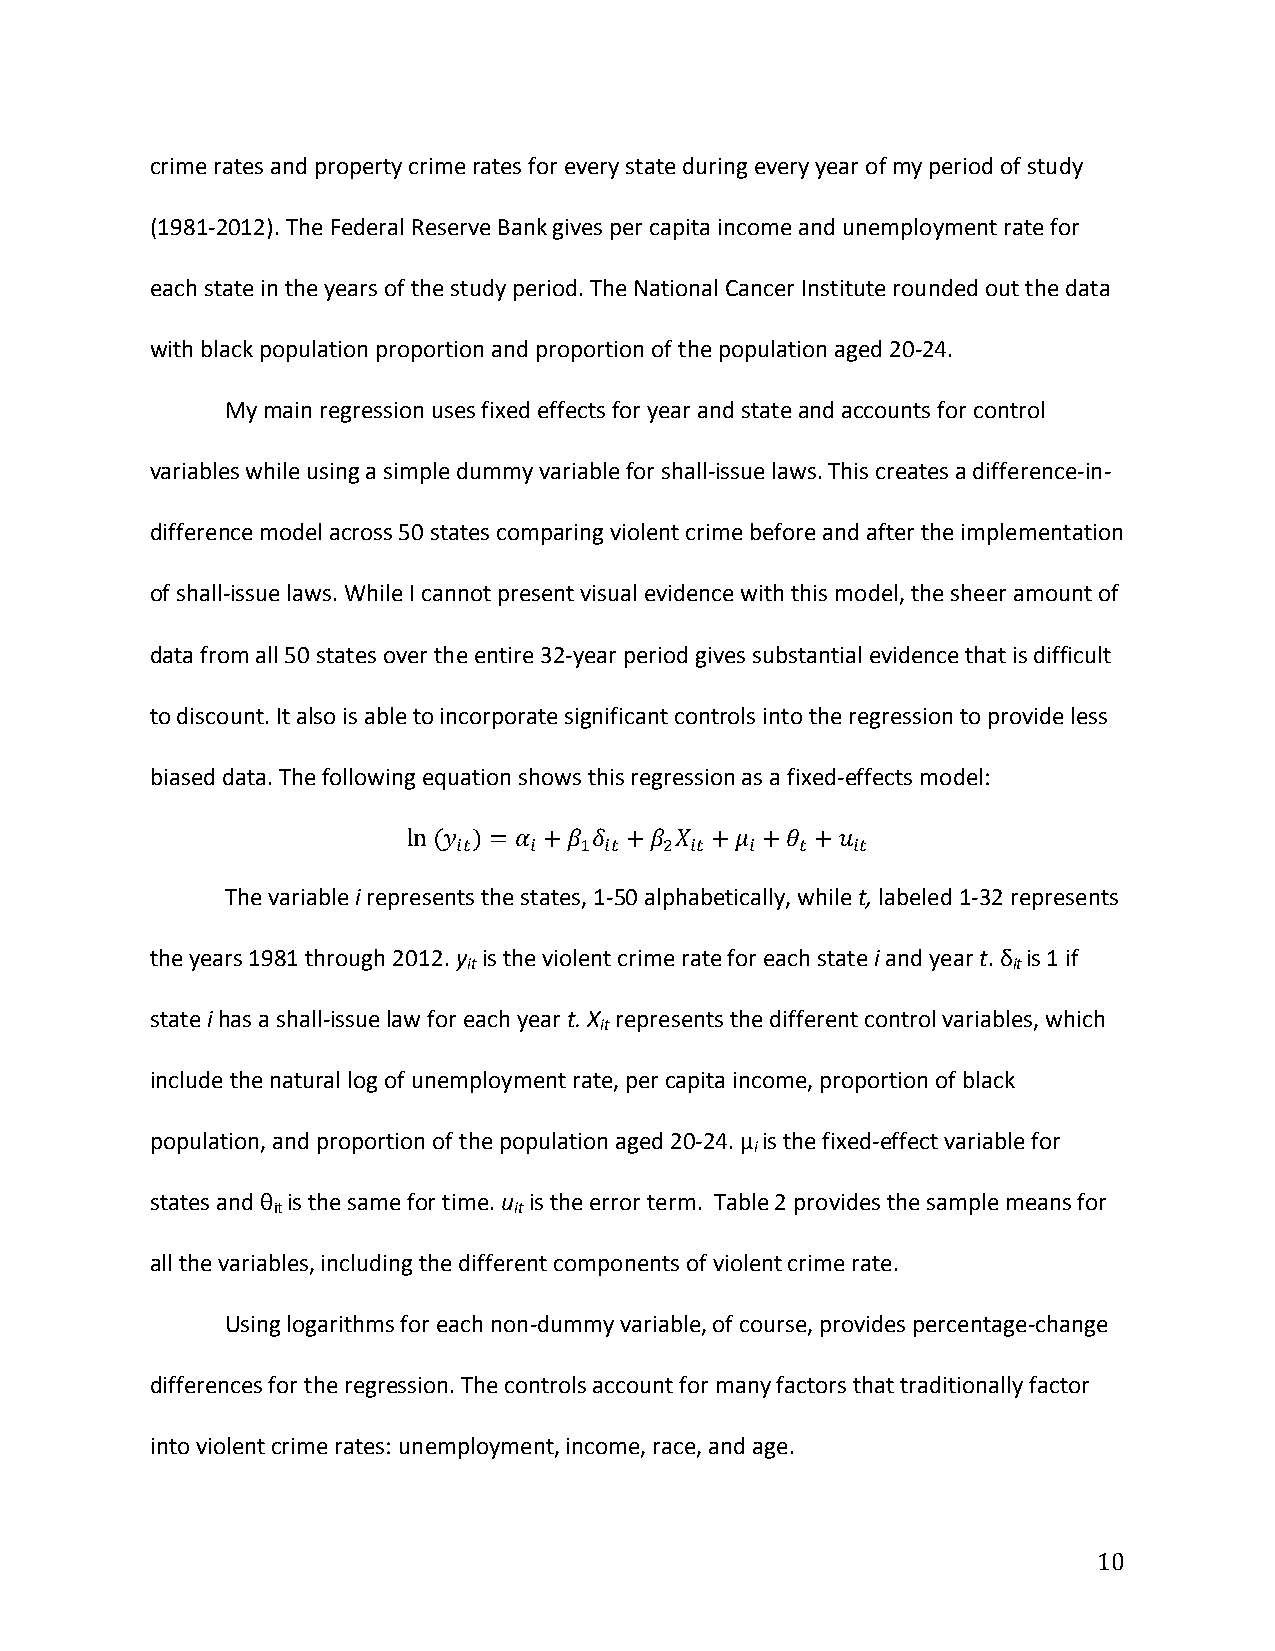
crime rates and property crime rates for every state during every year of my period of study
 (1981-­‐2012). The Federal Reserve Bank gives per capita income and unemployment rate for
 each state in the years of the study period. The National Cancer Institute rounded out the data
 with black population proportion and proportion of the population aged 20-­‐24.
 My main regression uses fixed effects for year and state and accounts for control
 variables while using a simple dummy variable for shall-­‐issue laws. This creates a difference-­‐in-­‐
 difference model across 50 states comparing violent crime before and after the implementation
 of shall-­‐issue laws. While I cannot present visual evidence with this model, the sheer amount of
 data from all 50 states over the entire 32-­‐year period gives substantial evidence that is difficult
 to discount. It also is able to incorporate significant controls into the regression to provide less
 biased data. The following equation shows this regression as a fixed-­‐effects model:
 ln (𝑦 ) = 𝛼 +𝛽 𝛿 +𝛽 𝑋 +𝜇 +𝜃 +𝑢
 !"   !  ! !"  ! !"  !  !  !"
 The variable i represents the states, 1-­‐50 alphabetically, while t, labeled 1-­‐32 represents
 the years 1981 through 2012. y is the violent crime rate for each state i and year t. δ is 1 if
 it                                  it
 state i has a shall-­‐issue law for each year t. X represents the different control variables, which
 it
 include the natural log of unemployment rate, per capita income, proportion of black
 population, and proportion of the population aged 20-­‐24. μ is the fixed-­‐effect variable for
 i
 states and θ is the same for time. u is the error term. Table 2 provides the sample means for
 it              it
 all the variables, including the different components of violent crime rate.
 Using logarithms for each non-­‐dummy variable, of course, provides percentage-­‐change
 differences for the regression. The controls account for many factors that traditionally factor
 into violent crime rates: unemployment, income, race, and age.
 10